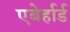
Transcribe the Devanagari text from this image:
एबेर्हार्ड